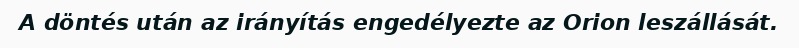
A döntés után az irányítás engedélyezte az Orion leszállását.